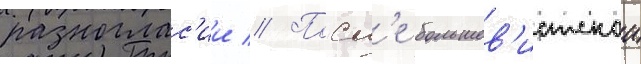
разноглас'ии // Посл'е большев'истскои